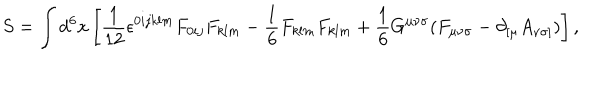
LaTeX: S = \int d ^ { 6 } x \left[ { \frac { 1 } { 1 2 } } { \epsilon } ^ { 0 i j k l m } F _ { 0 i j } F _ { k l m } - { \frac 1 6 } F _ { k l m } F _ { k l m } + { \frac 1 6 } G ^ { { \mu } { \nu } { \sigma } } ( F _ { { \mu } { \nu } { \sigma } } - { \partial } _ { [ { \mu } } A _ { { \nu } { \sigma } ] } ) \right] ,